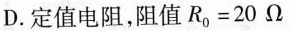
D.定值电阻，阻值$$R _ { 0 } = 2 0 Ω$$